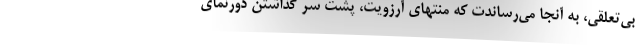
بي‌تعلقي، به آنجا مي‌رساندت كه منتهاي آرزويت، پشت سر گذاشتن دورنماي